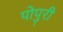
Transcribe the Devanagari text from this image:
पोपुरी